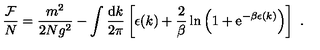
\frac { { \cal F } } { N } = \frac { m ^ { 2 } } { 2 N g ^ { 2 } } - \int \frac { \mathrm { d } k } { 2 \pi } \left[ \epsilon ( k ) + \frac { 2 } { \beta } \ln \left( 1 + \mathrm { e } ^ { - \beta \epsilon ( k ) } \right) \right] \ .